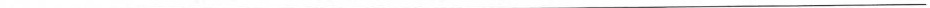
___